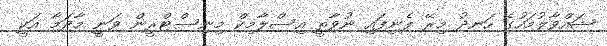
ޝައްވާލުމަހުގެ ހަނދު މިރޭ ފެނިފައި ނުވާތީ އިސްލާމިކް މިނިސްޓްރީން ވަނީ މާދަމާ އަކީ